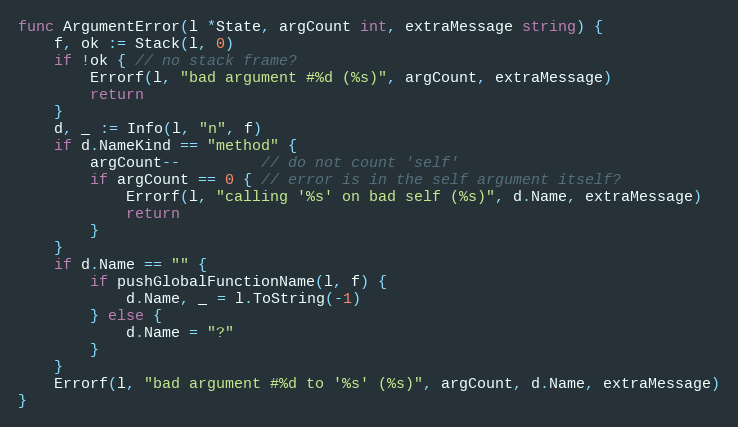
Language: Go
func ArgumentError(l *State, argCount int, extraMessage string) {
	f, ok := Stack(l, 0)
	if !ok { // no stack frame?
		Errorf(l, "bad argument #%d (%s)", argCount, extraMessage)
		return
	}
	d, _ := Info(l, "n", f)
	if d.NameKind == "method" {
		argCount--         // do not count 'self'
		if argCount == 0 { // error is in the self argument itself?
			Errorf(l, "calling '%s' on bad self (%s)", d.Name, extraMessage)
			return
		}
	}
	if d.Name == "" {
		if pushGlobalFunctionName(l, f) {
			d.Name, _ = l.ToString(-1)
		} else {
			d.Name = "?"
		}
	}
	Errorf(l, "bad argument #%d to '%s' (%s)", argCount, d.Name, extraMessage)
}